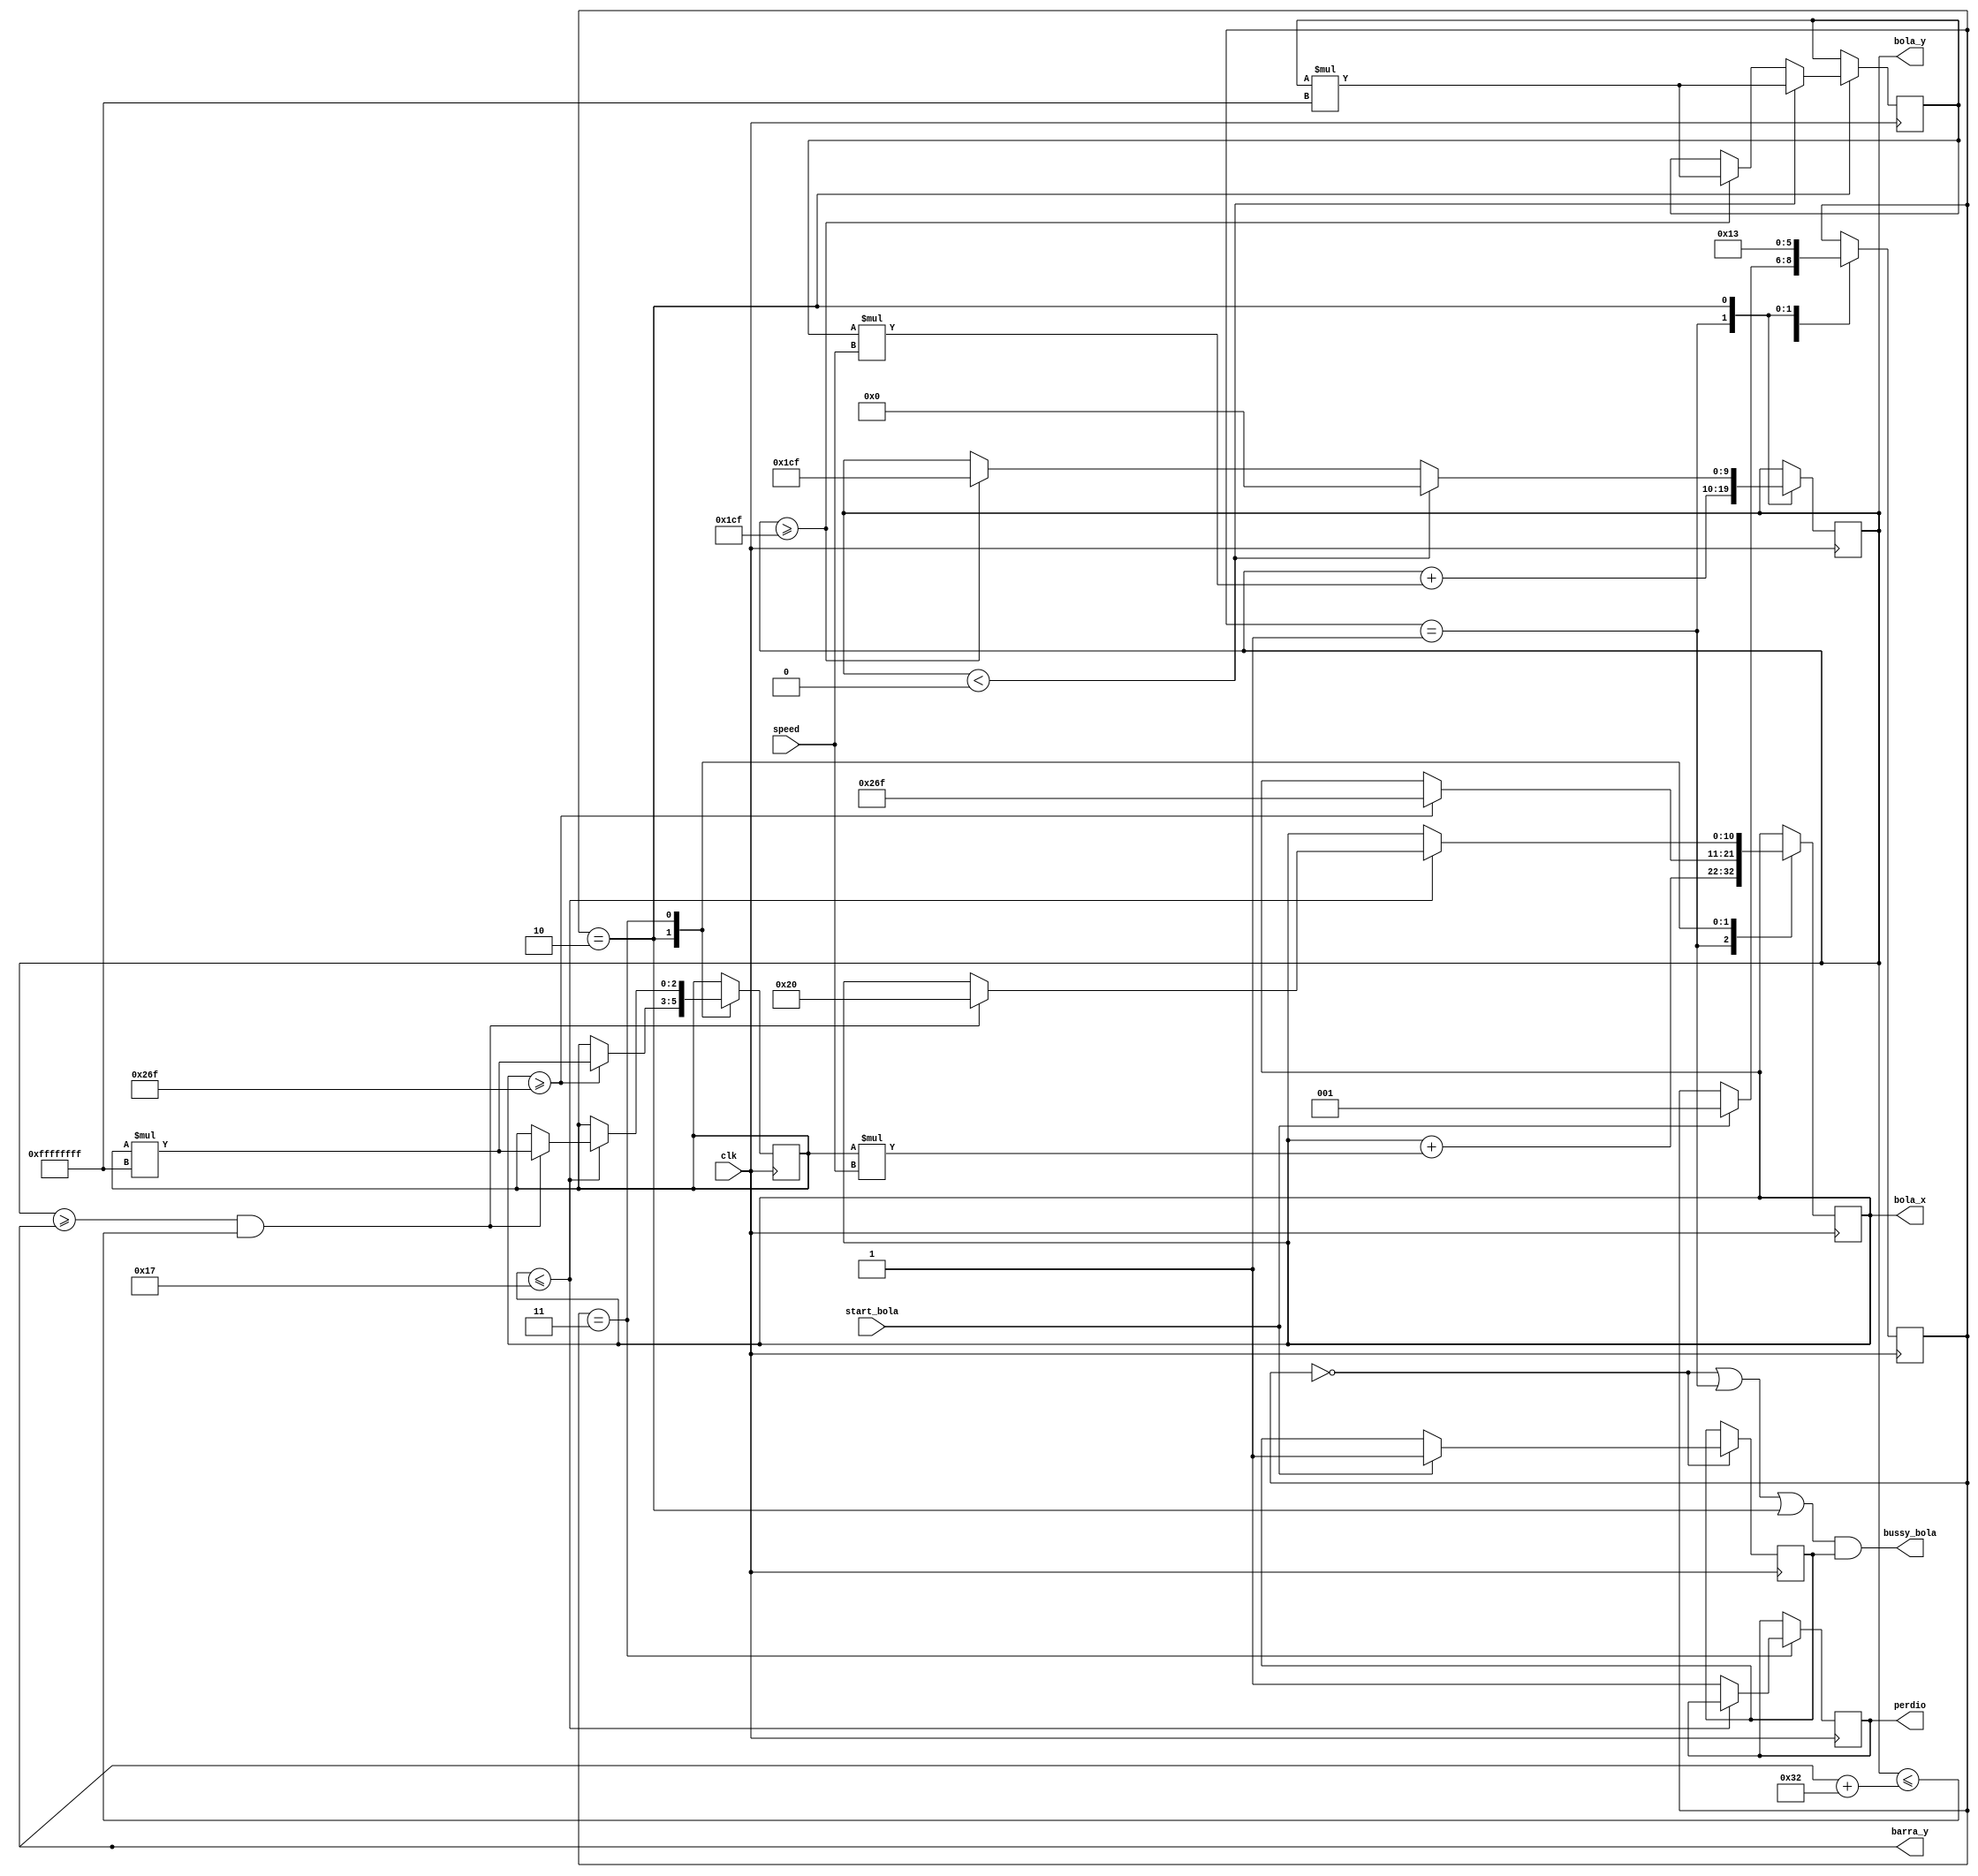
module fsm_bola(clk,start_bola, bussy_bola, perdio, bola_x, bola_y, speed, barra_y);

	//Se definen las variables
	input clk, start_bola;
	input [4:0] speed;
	output bussy_bola, perdio;
	output [10:0] bola_x;
	output [9:0] bola_y, barra_y;
	
	reg comenzar;
	reg [2:0] state, direccion_x, direccion_y;;
	
	//Se definen los estados
	parameter STATE_0 = 0;
	parameter STATE_1 = 1;
	parameter STATE_2 = 2;
	parameter STATE_3 = 3;
	
	initial
		begin
			comenzar <= 0;
			perdio <= 0;
		end
	
	always@(posedge clk)
	begin
	case(state)
	
			STATE_0:
			begin
				if (start_bola)
					begin
						comenzar <= 1;
						state <= STATE_1;
					end		
			end
			
			STATE_1:
			begin
				bola_x <= bola_x + direccion_x*speed;
				bola_y <= bola_y + direccion_y*speed;
				state <= STATE_2;
			end
			
			STATE_2:
			begin
				if (bola_x >= 623)
					begin
						bola_x <= 623;
						direccion_x <= direccion_x*-1;
					end
				if (bola_y >= 463)
					begin
						bola_y <= 463;
						direccion_y <= direccion_y*-1;
					end
				if (bola_y < 0)
					begin
						bola_y <= 0;
						direccion_y <= direccion_y*-1;
					end
				
				state <= STATE_3;
			end
			
			STATE_3:
			begin
				if (bola_x <= 23)//suponiendo que "barra_x + 16 = 32", es decir, que barra_x = 16
					begin
						if ((bola_y >= barra_y) && (bola_y <= barra_y +50))
						begin
						 bola_x <= 32;//suponiendo que barra_x = 16
						 direccion_x <= direccion_x*-1;
						end
					end
				else
					begin
						perdio <= 1;
					end
			end
			
		endcase
	end

	//Se asignan los valores de salida
	assign bussy_bola = ((state == STATE_0)||(state == STATE_1)||(state == STATE_2))&&(comenzar == 1);
	
endmodule